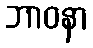
ဘာဝနာ